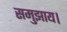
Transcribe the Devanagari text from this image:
समुझाय।